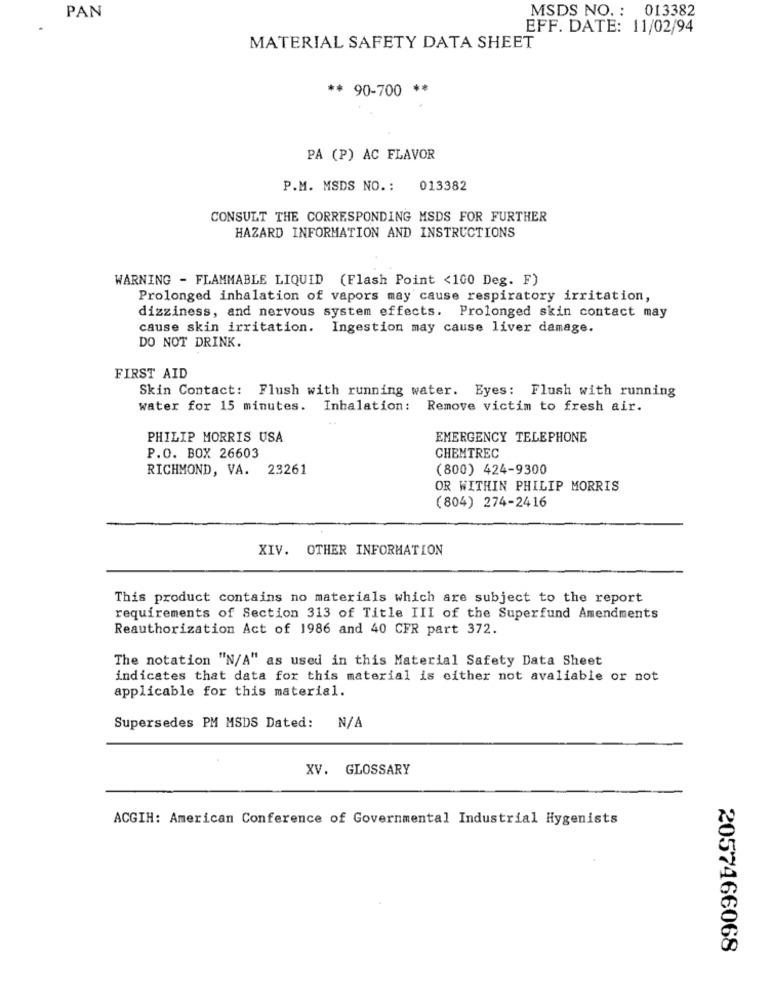
MSDS NO. : 013382
PAN
EFF. DATE: 11/02/94
MATERIAL SAFETY DATA SHEET
** 90-700 **
PA (P) AC FLAVOR
P.M. MSDS NO. :
013382
CONSULT THE CORRESPONDING MSDS FOR FURTHER
HAZARD INFORMATION AND INSTRUCTIONS
WARNING - FLAMMABLE LIQUID (Flash Point <100 Deg. F)
Prolonged inhalation of vapors may cause respiratory irritation,
dizziness, and nervous system effects. Prolonged skin contact may
cause skin irritation. Ingestion may cause liver damage.
DO NOT DRINK.
FIRST AID
Skin Contact: Flush with running water. Eyes: Flush with running
water for 15 minutes. Inhalation: Remove victim to fresh air.
PHILIP MORRIS USA
EMERGENCY TELEPHONE
P.O. BOX 26603
CHEMTREC
RICHMOND, VA. 23261
(800) 424-9300
OR WITHIN PHILIP MORRIS
(804) 274-2416
XIV. OTHER INFORMATION
This product contains no materials which are subject to the report
requirements of Section 313 of Title III of the Superfund Amendments
Reauthorization Act of 1986 and 40 CFR part 372.
The notation "N/A" as used in this Material Safety Data Sheet
indicates that data for this material is either not avaliable or not
applicable for this material.
Supersedes PM MSDS Dated: N/A
XV. GLOSSARY
ACGIH: American Conference of Governmental Industrial Hygenists
2057466068